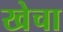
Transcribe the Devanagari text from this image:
खेचा